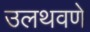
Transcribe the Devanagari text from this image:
उलथवणे